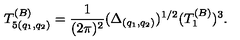
T _ { 5 ( q _ { 1 } , q _ { 2 } ) } ^ { ( B ) } = { \frac { 1 } { ( 2 \pi ) ^ { 2 } } } ( \Delta _ { ( q _ { 1 } , q _ { 2 } ) } ) ^ { 1 / 2 } ( T _ { 1 } ^ { ( B ) } ) ^ { 3 } .